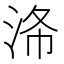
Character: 𣴗